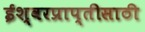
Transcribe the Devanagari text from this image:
ईश्वरप्राप्‍तीसाठी